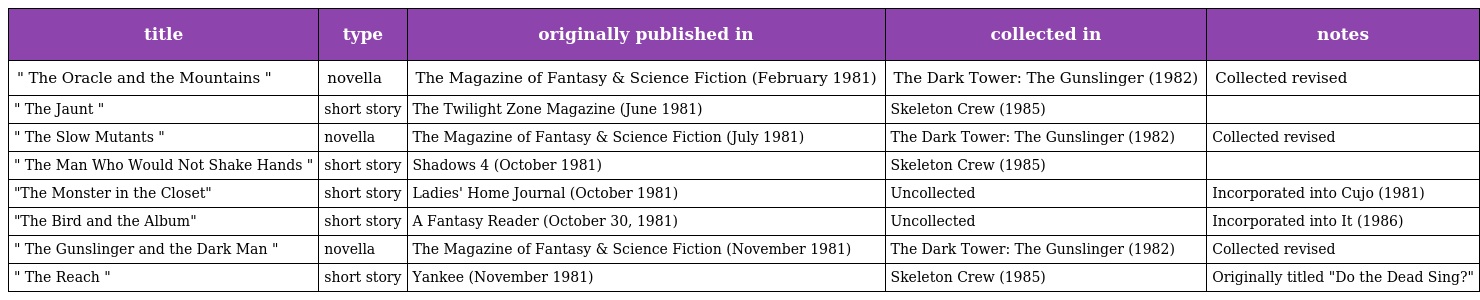
| title | type | originally published in | collected in | notes |
 | --- | --- | --- | --- | --- |
 | " The Oracle and the Mountains " | novella | The Magazine of Fantasy & Science Fiction (February 1981) | The Dark Tower: The Gunslinger (1982) | Collected revised |
 | " The Jaunt " | short story | The Twilight Zone Magazine (June 1981) | Skeleton Crew (1985) |  |
 | " The Slow Mutants " | novella | The Magazine of Fantasy & Science Fiction (July 1981) | The Dark Tower: The Gunslinger (1982) | Collected revised |
 | " The Man Who Would Not Shake Hands " | short story | Shadows 4 (October 1981) | Skeleton Crew (1985) |  |
 | "The Monster in the Closet" | short story | Ladies' Home Journal (October 1981) | Uncollected | Incorporated into Cujo (1981) |
 | "The Bird and the Album" | short story | A Fantasy Reader (October 30, 1981) | Uncollected | Incorporated into It (1986) |
 | " The Gunslinger and the Dark Man " | novella | The Magazine of Fantasy & Science Fiction (November 1981) | The Dark Tower: The Gunslinger (1982) | Collected revised |
 | " The Reach " | short story | Yankee (November 1981) | Skeleton Crew (1985) | Originally titled "Do the Dead Sing?" |